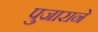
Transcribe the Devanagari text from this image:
पुजाराने